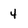
Character: 4